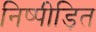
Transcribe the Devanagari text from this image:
निष्पीड़ित